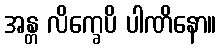
အန္တ လိက္ခေပိ ပါဏိနော။